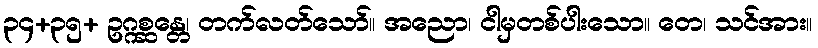
၃၄+၃၅+ ဥဂ္ဂစ္ဆန္တေ၊ တက်လတ်သော်။ အညော၊ ငါမှတစ်ပါးသော။ တေ၊ သင်အား။